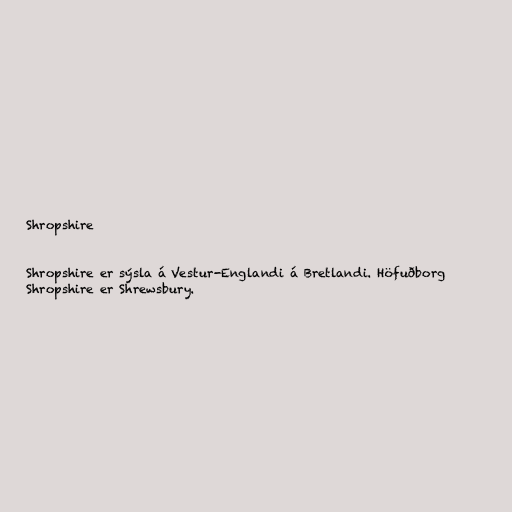
Shropshire

Shropshire er sýsla á Vestur-Englandi á Bretlandi. Höfuðborg
Shropshire er Shrewsbury.